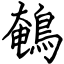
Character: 鵪